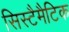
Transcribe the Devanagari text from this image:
सिस्टैमैटिक